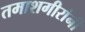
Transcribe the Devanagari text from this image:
तमाशगीरांनी